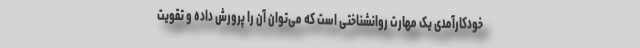
خودکارآمدی یک مهارت روانشناختی است که می‌توان آن را پرورش داده و تقویت